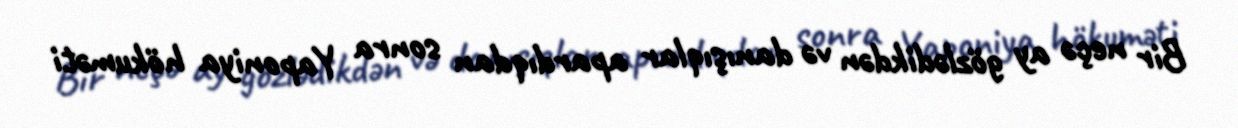
Bir neçə ay gözlədikdən və danışıqlar apardıqdan sonra Yaponiya hökuməti